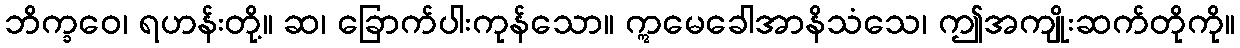
ဘိက္ခဝေ၊ ရဟန်းတို့။ ဆ၊ ခြောက်ပါးကုန်သော။ ဣမေခေါအာနိသံသေ၊ ဤအကျိုးဆက်တိုကို။